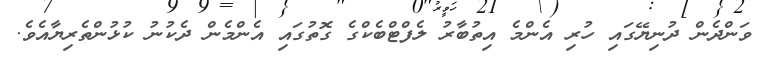
ވަންދެން ދުނިޔޭގައި ހުރި އެންމެ އިތުބާރު ލެފްޓްބެކްގެ ގޮތުގައި އެންމެން ދެކުނު ކުޅުންތެރިޔާއެވެ.